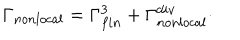
LaTeX: \Gamma _ { n o n l o c a l } = \Gamma _ { f i n } ^ { 3 } + \Gamma _ { n o n l o c a l } ^ { d i v } \cdot